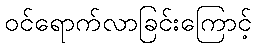
ဝင်ရောက်လာခြင်းကြောင့်